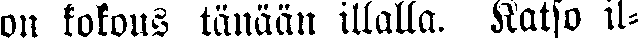
on kokous tänään illalla. Katso il-